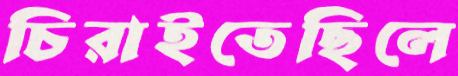
চিরাইতেছিলে